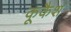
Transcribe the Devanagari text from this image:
कूकैश